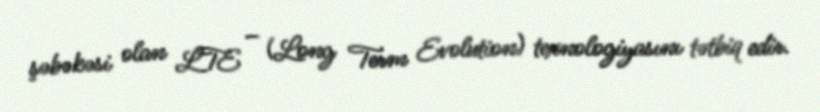
şəbəkəsi olan LTE – (Long Term Evolution) texnologiyasını tətbiq edir.